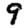
Digit: 9